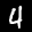
Label: 4